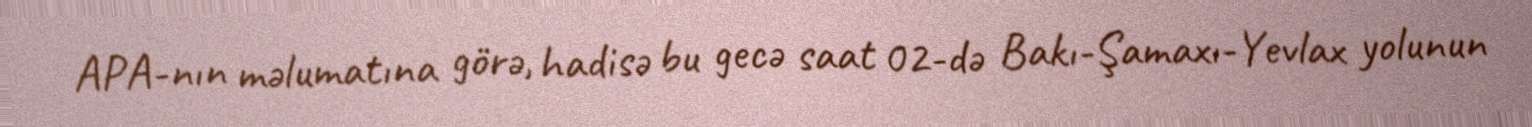
APA-nın məlumatına görə, hadisə bu gecə saat 02-də Bakı-Şamaxı-Yevlax yolunun